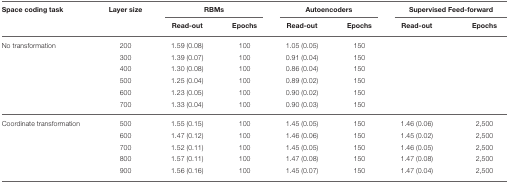
<table><thead><tr><td><b>Space coding task</b></td><td><b>Layer size</b></td><td colspan="2"><b>RBMs</b></td><td colspan="2"><b>Autoencoders</b></td><td colspan="2"><b>Supervised Feed-forward</b></td></tr><tr><td></td><td></td><td><b>Read-out</b></td><td><b>Epochs</b></td><td><b>Read-out</b></td><td><b>Epochs</b></td><td><b>Read-out</b></td><td><b>Epochs</b></td></tr></thead><tbody><tr><td>No transformation</td><td>200</td><td>1.59 (0.08)</td><td>100</td><td>1.05 (0.05)</td><td>150</td><td></td><td></td></tr><tr><td></td><td>300</td><td>1.39 (0.07)</td><td>100</td><td>0.91 (0.04)</td><td>150</td><td></td><td></td></tr><tr><td></td><td>400</td><td>1.30 (0.08)</td><td>100</td><td>0.86 (0.04)</td><td>150</td><td></td><td></td></tr><tr><td></td><td>500</td><td>1.25 (0.04)</td><td>100</td><td>0.89 (0.02)</td><td>150</td><td></td><td></td></tr><tr><td></td><td>600</td><td>1.23 (0.05)</td><td>100</td><td>0.90 (0.02)</td><td>150</td><td></td><td></td></tr><tr><td></td><td>700</td><td>1.33 (0.04)</td><td>100</td><td>0.90 (0.03)</td><td>150</td><td></td><td></td></tr><tr><td>Coordinate transformation</td><td>500</td><td>1.55 (0.15)</td><td>100</td><td>1.45 (0.05)</td><td>150</td><td>1.46 (0.06)</td><td>2,500</td></tr><tr><td></td><td>600</td><td>1.47 (0.12)</td><td>100</td><td>1.46 (0.06)</td><td>150</td><td>1.45 (0.02)</td><td>2,500</td></tr><tr><td></td><td>700</td><td>1.52 (0.11)</td><td>100</td><td>1.45 (0.05)</td><td>150</td><td>1.46 (0.05)</td><td>2,500</td></tr><tr><td></td><td>800</td><td>1.57 (0.11)</td><td>100</td><td>1.47 (0.08)</td><td>150</td><td>1.47 (0.08)</td><td>2,500</td></tr><tr><td></td><td>900</td><td>1.56 (0.16)</td><td>100</td><td>1.45 (0.07)</td><td>150</td><td>1.47 (0.04)</td><td>2,500</td></tr></tbody></table>